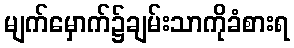
မျက်မှောက်၌ချမ်းသာကိုခံစားရ